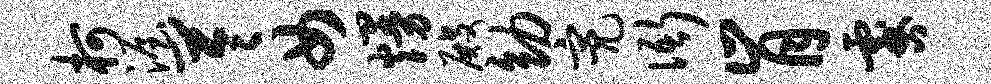
柯渥苓女熳殿幼亮衙肯咎